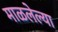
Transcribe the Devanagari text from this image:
माळलेल्या